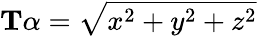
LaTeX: \mathbf{T}\alpha={\sqrt{x^{2}+y^{2}+z^{2}}}